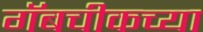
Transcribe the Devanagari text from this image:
गॅबचीकच्या